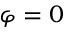
\varphi = 0